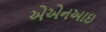
એએનઆઇ